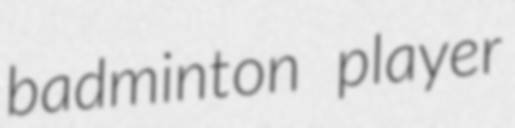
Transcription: badminton player